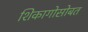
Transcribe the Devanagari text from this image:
शिकागोसोबत